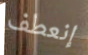
إنعطف